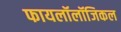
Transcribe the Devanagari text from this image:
फायलॉलॉजिकल